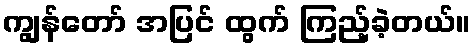
ကျွန်တော် အပြင် ထွက် ကြည့်ခဲ့တယ်။